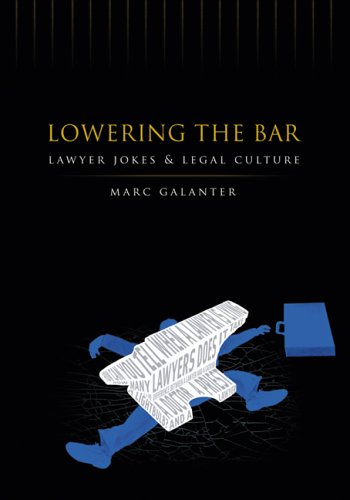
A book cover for Lowering the Bar: Lawyer Jokes and Legal Culture; Marc Galanter; Humor & Entertainment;